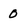
Character: 0